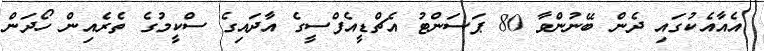
އެއާއެކުގައި ދެން ބޭނުންވާ 80 ޕަސަންޓު އެޗްޑީއެފްސީގެ އާދައިގެ ސްކީމުގެ ތެރެއިން ހޯދަން